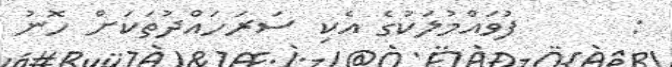
:      ފުވައްމުލަކުގެ އެކި ސަރަހައްދުތަކަށް ހޮނު